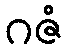
ဂဇံ